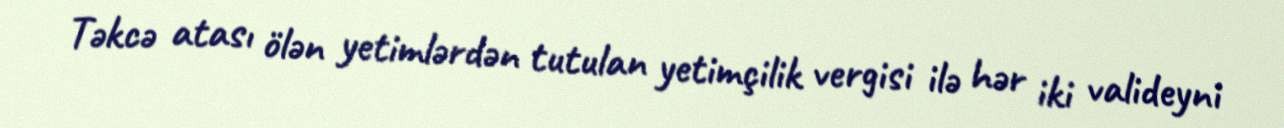
Təkcə atası ölən yetimlərdən tutulan yetimçilik vergisi ilə hər iki valideyni